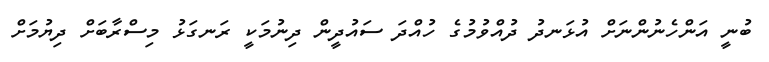
ބުނީ އަންހެނުންނަށް އުޅަނދު ދުއްވުމުގެ ހުއްދަ ސައުދީން ދިނުމަކީ ރަނގަޅު މިސްރާބަށް ދިޔުމަށް